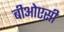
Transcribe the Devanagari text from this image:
बीओएसी